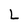
Character: L